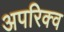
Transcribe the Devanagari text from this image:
अपरिक्व